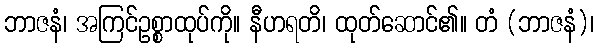
ဘာဇနံ၊ အကြင်ဥစ္စာထုပ်ကို။ နီဟရတိ၊ ထုတ်ဆောင်၏။ တံ (ဘာဇနံ)၊